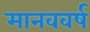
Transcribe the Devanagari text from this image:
मानववर्ष